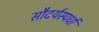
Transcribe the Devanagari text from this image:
सौदर्यस्पर्धा